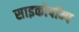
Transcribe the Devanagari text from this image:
साइकोपॉम्प